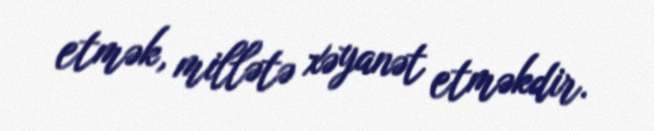
etmək, millətə xəyanət etməkdir.